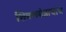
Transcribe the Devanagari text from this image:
शिवणयंत्राचाच